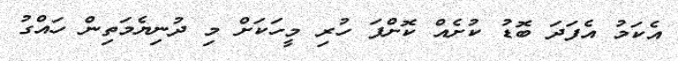
އެކަމު އެފަދަ ބޮޑު ކުށެއް ކޮށްފަ ހުރި މީހަކަށް މި ދުނިޔެމަތިން ހައްގު